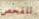
للفحص